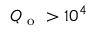
Q _ { \mathrm { ~ o ~ } } > 1 0 ^ { 4 }